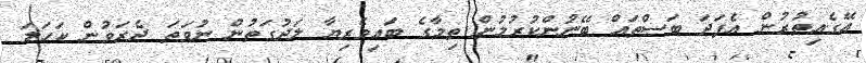
އޭގެއިތުރުން އެފަދަ ބަސްތައް ބޭނުންކުރުމުން ތިމާގެ ބައިވެރިޔާ ލަދުގަތުން ނުވަތަ ދެރަވުން ކަހަލަ